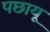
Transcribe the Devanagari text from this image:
पछायू